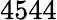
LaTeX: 4544